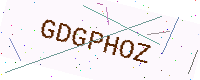
Text: GDGPHOZ